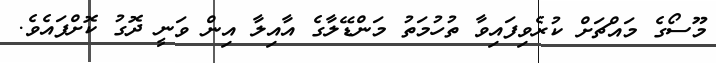
މޫސޯގެ މައްޗަށް ކުރެވިފައިވާ ތުހުމަތު މަންޑޭލާގެ އާއިލާ އިން ވަނީ ދޮގު ކޮށްފައެވެ.